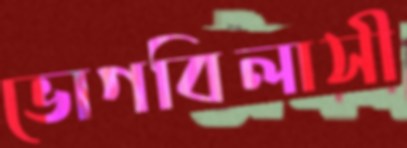
ভোগবিলাসী